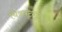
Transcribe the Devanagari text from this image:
चित्रपटगृहाच्या